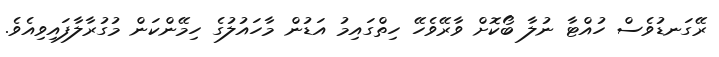
ރޭގަނޑުވެސް ހުއްޓާ ނުލާ ބޯކޮށް ވާރޭވެހޭ ހިތްގައިމު އަޑުން މާހައުލުގެ ހިމޭންކަން މުގުރާލާފައިވިއެވެ.